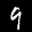
Label: 9